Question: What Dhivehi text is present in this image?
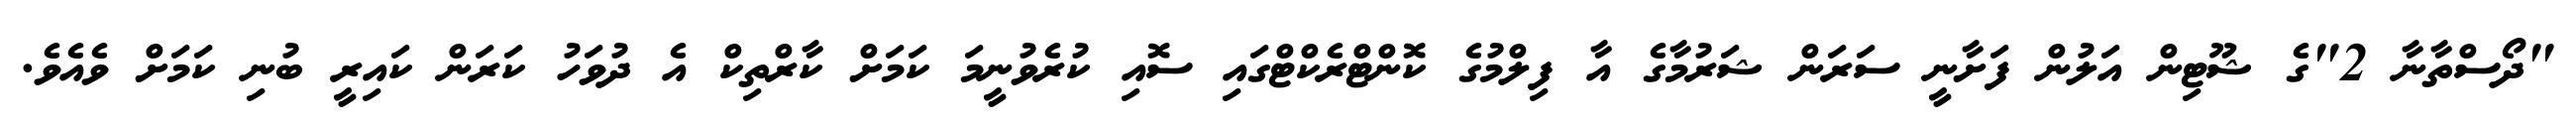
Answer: "ދޯސްތާނާ 2"ގެ ޝޫޓިން އަލުން ފަށާނީ ސަރަން ޝަރުމާގެ އާ ފިލްމުގެ ކޮންޓްރެކްޓްގައި ސޮއި ކުރެވުނީމަ ކަމަށް ކާރްތިކް އެ ދުވަހު ކަރަން ކައިރީ ބުނި ކަމަށް ވެއެވެ.